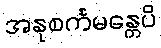
အနုစင်္ကမန္တေပိ